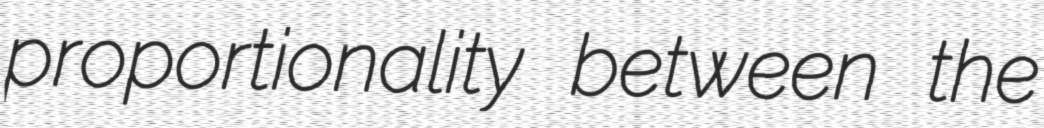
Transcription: proportionality between the